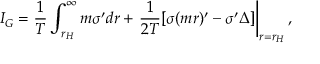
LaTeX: I _ { G } = \frac { 1 } { T } \int _ { r _ { H } } ^ { \infty } m \sigma ^ { \prime } d r + \left. \frac { 1 } { 2 T } [ \sigma ( m r ) ^ { \prime } - \sigma ^ { \prime } \Delta ] \right| _ { r = r _ { H } } ,